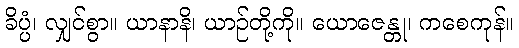
ခိပ္ပံ၊ လျှင်စွာ။ ယာနာနိ၊ ယာဉ်တို့ကို။ ယောဇေန္တု၊ ကစေကုန်။